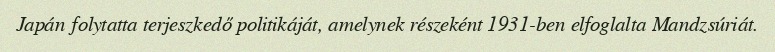
Japán folytatta terjeszkedő politikáját, amelynek részeként 1931-ben elfoglalta Mandzsúriát.